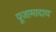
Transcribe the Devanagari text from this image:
पूजामादाय